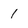
Character: 1